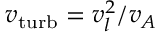
v _ { \mathrm { t u r b } } = v _ { l } ^ { 2 } / v _ { A }